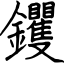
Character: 钁